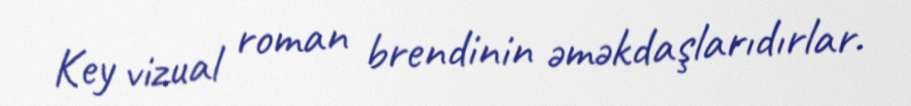
Key vizual roman brendinin əməkdaşlarıdırlar.